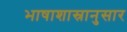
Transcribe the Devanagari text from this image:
भाषाशास्रानुसार